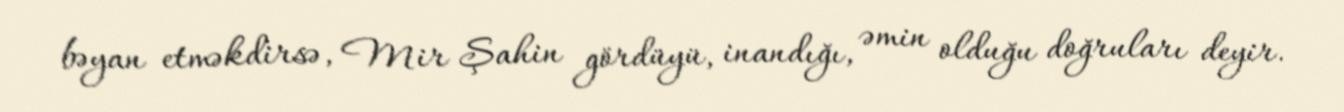
bəyan etməkdirsə, Mir Şahin gördüyü, inandığı, əmin olduğu doğruları deyir.